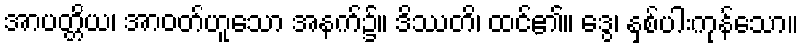
အာပတ္တိယ၊ အာဝတ်ဟူသော အနက်၌။ ဒိဿတိ၊ ထင်၏။ ဒွေ၊ နှစ်ပါးကုန်သော။